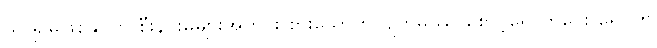
သာ၍မဖြစ်နိုင်ဟု စီးနင်းမှုများအတွင်း စားသောက်လျက်မိဿ စောင့်ရှောက်ပေး ရေဝက်